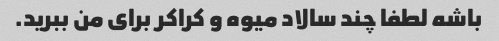
باشه لطفا چند سالاد میوه و کراکر برای من ببرید.